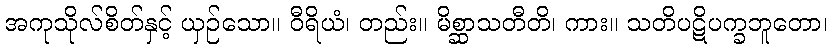
အကုသိုလ်စိတ်နှင့် ယှဉ်သော။ ဝီရိယံ၊ တည်း။ မိစ္ဆာသတီတိ၊ ကား။ သတိပဋိပက္ခဘူတော၊